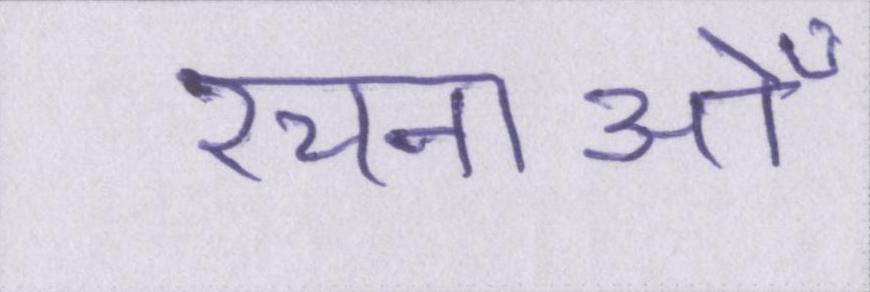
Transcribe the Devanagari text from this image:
रचनाओँ